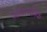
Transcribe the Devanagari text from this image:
जीवाणविक